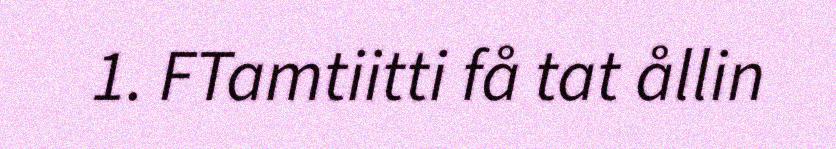
1. FTamtiitti få tat ållin